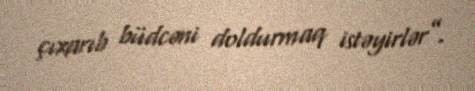
çıxarıb büdcəni doldurmaq istəyirlər”.